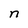
Character: n